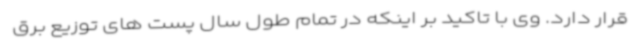
قرار دارد. وی با تاکید بر اینکه در تمام طول سال پست های توزیع برق